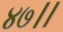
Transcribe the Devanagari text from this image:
४७।।